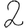
Digit: 2